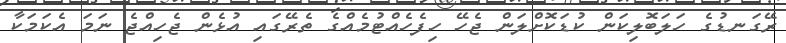
ރޭގަނޑުގެ ހަލަބޮލިކަން ކުޑަކޮށްލަން ޖެހޭ ހިފެހެއްޓުމެއްގެ ތެރޭގައި އުޅެން ޖެހިއްޖެ ނަމަ އެކަމަކާ